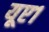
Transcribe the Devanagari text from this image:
यूए१